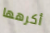
أكرهها